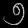
Digit: ၅